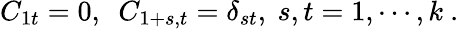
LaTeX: C_{1t}=0,~~C_{1+s,t}=\delta_{st},~s,t=1,\cdots,k~.